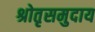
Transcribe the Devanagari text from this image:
श्रोतृसमुदाय